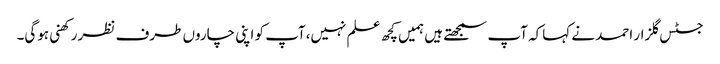
جسٹس گلزار احمد نے کہاکہ آپ سمجھتے ہیں ہمیں کچھ علم نہیں،آپ کو اپنی چاروں طرف نظر رکھنی ہوگی۔